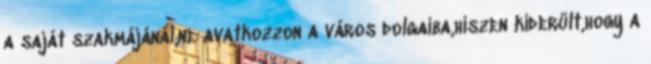
a saját szakmájánál,ne avatkozzon a város dolgaiba,hiszen kiderült,hogy a